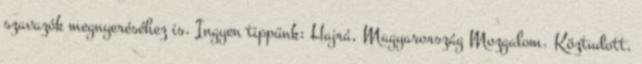
szavazók megnyeréséhez is. Ingyen tippünk: Hajrá, Magyarország Mozgalom. Köztudott,